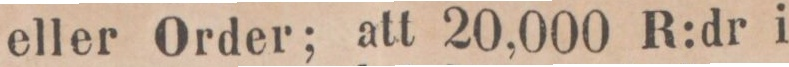
eller Order; att 20,000 R:dr i